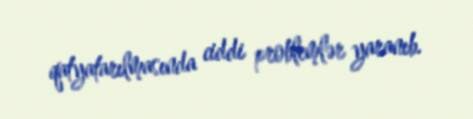
qatyatarılmasında ciddi problemlər yaranıb.